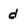
Character: d